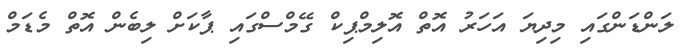
ލަންޑަންގައި މިދިޔަ އަހަރު އޮތް އޮލިމްޕިކް ގޭމްސްގައި ޕާކަށް ލިބެން އޮތް މެޑަމް